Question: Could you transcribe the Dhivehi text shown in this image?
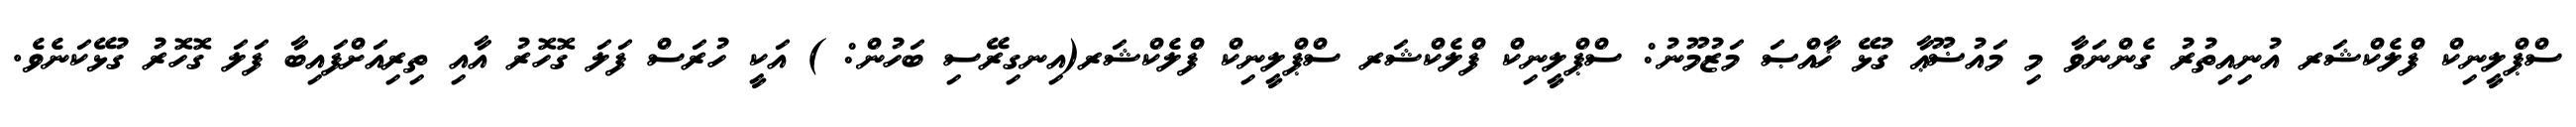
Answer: ސްޕްލީނިކް ފްލެކްޝަރ އުނިއިތުރު ގެންނަވާ މި މައުޟޫޢާ ގުޅޭ ޚާއްޞަ މަޒުމޫނު: ސްޕްލީނިކް ފްލެކްޝަރ ސްޕްލީނިކް ފްލެކްޝަރ(އިނގިރޭސި ބަހުން: ) އަކީ ހުރަސް ފަލަ ގޮހޮރު އާއި ތިރިއަށްފައިބާ ފަލަ ގޮހޮރު ގުޅޭކަނެވެ.